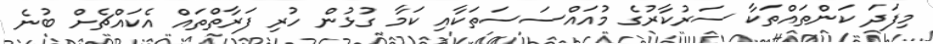
މިފަދަ ކަންތައްތަކާ ސަރުކާރުގެ މުއައްސަސަތަކާއި ކަމާ ގުޅުން ހުރި ފަރާތްތައް އެކައްޗެށް ބުނެ